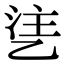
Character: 乼